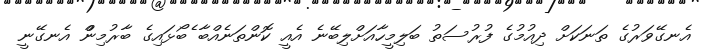
އެނގޭވަރުގެ ތަނަކަށް ދިއުމުގެ ފުރުސަތު ބަލިމީހާއަށްލިބޭނެ އެއީ ކޮންތަނެއްބާ ެެެެެެެެެެެެެބޯޅައިގެ ބާރުމިންް އެނގޭނީ